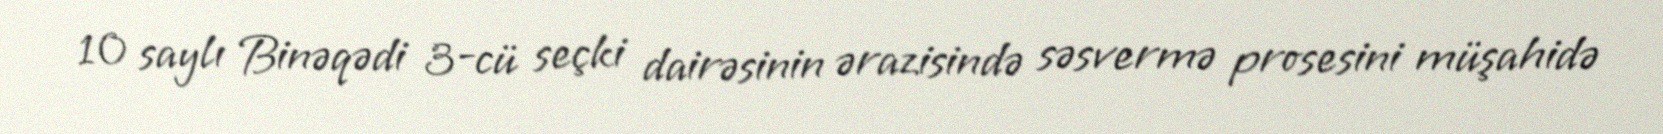
10 saylı Binəqədi 3-cü seçki dairəsinin ərazisində səsvermə prosesini müşahidə